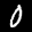
Label: 0